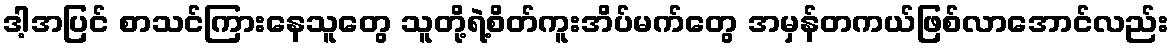
ဒါ့အပြင် စာသင်ကြားနေသူတွေ သူတို့ရဲ့စိတ်ကူးအိပ်မက်တွေ အမှန်တကယ်ဖြစ်လာအောင်လည်း